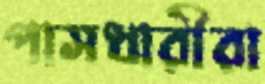
পাসধারীরা